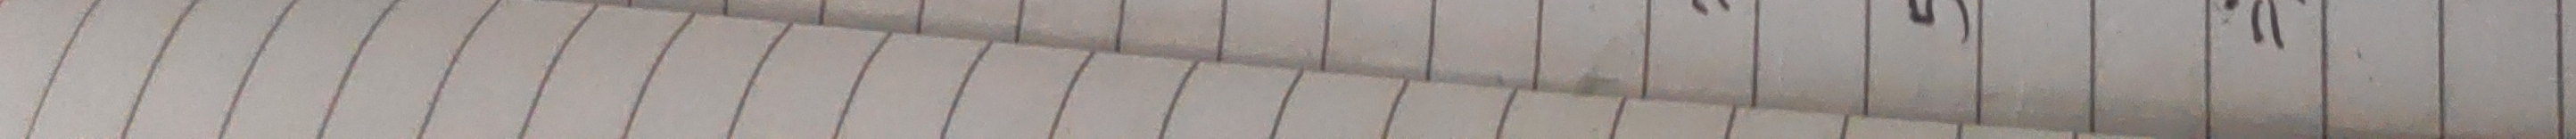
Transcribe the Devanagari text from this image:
९७